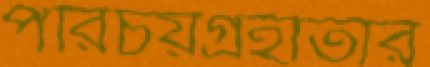
পরিচয়গ্রহীতার